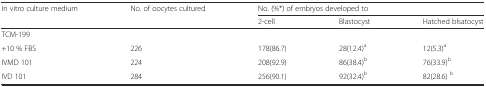
<table><thead><tr><td><b>In vitro culture medium</b></td><td><b>No. of oocytes cultured</b></td><td colspan="3"><b>No. (%*) of embryos developed to</b></td></tr><tr><td></td><td></td><td><b>2-cell</b></td><td><b>Blastocyst</b></td><td><b>Hatched blsatocyst</b></td></tr></thead><tbody><tr><td colspan="5">TCM-199</td></tr><tr><td>+10 % FBS</td><td>226</td><td>178(86.7)</td><td>28(12.4)<sup>a</sup></td><td>12(5.3)<sup>a</sup></td></tr><tr><td>IVMD 101</td><td>224</td><td>208(92.9)</td><td>86(38.4)<sup>b</sup></td><td>76(33.9)<sup>b</sup></td></tr><tr><td>IVD 101</td><td>284</td><td>256(90.1)</td><td>92(32.4)<sup>b</sup></td><td>82(28.6) <sup>b</sup></td></tr></tbody></table>